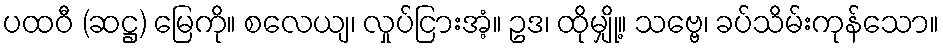
ပထဝီ (ဆဋ္ဌ) မြေကို။ စလေယျ၊ လှုပ်ငြားအံ့။ ဥဒ၊ ထိုမျှို့။ သဗ္ဗေ၊ ခပ်သိမ်းကုန်သော။